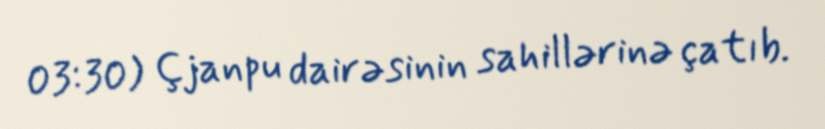
03:30) Çjanpu dairəsinin sahillərinə çatıb.